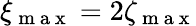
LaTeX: \xi_{\mathrm{~m~a~x~}}=2\zeta_{\mathrm{~m~a~x~}}